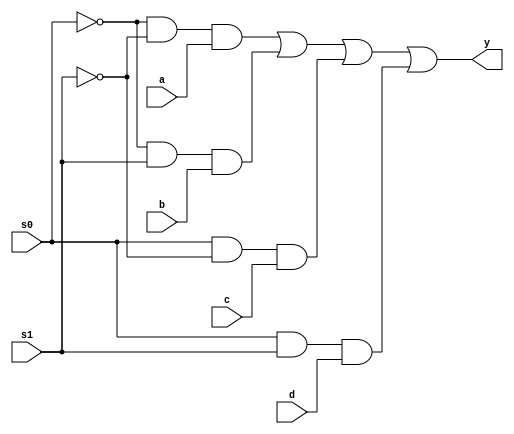
// This program was cloned from: https://github.com/Aryavardhan37/Verilog_codes
// License: MIT License

module mux4x1(a,b,c,d,s0,s1,y);
input a,b,c,d,s0,s1;
output y;

assign y = (~s0 & ~s1 & a) | (~s0 & s1 & b) | (s0 & ~s1 & c) | (s0 & s1 & d);
endmodule